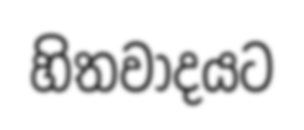
හිතවාදයට